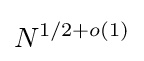
N^{1/2+o(1)}